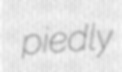
piedly